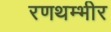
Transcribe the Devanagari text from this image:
रणथम्भीर